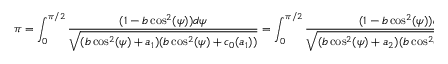
\pi = \int _ { 0 } ^ { \pi / 2 } \frac { ( 1 - b \cos ^ { 2 } ( \psi ) ) d \psi } { \sqrt { ( b \cos ^ { 2 } ( \psi ) + a _ { 1 } ) ( b \cos ^ { 2 } ( \psi ) + c _ { 0 } ( a _ { 1 } ) ) } } = \int _ { 0 } ^ { \pi / 2 } \frac { ( 1 - b \cos ^ { 2 } ( \psi ) ) d \psi } { \sqrt { ( b \cos ^ { 2 } ( \psi ) + a _ { 2 } ) ( b \cos ^ { 2 } ( \psi ) + c _ { 0 } ( a _ { 2 } ) ) } } .